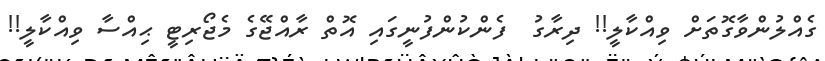
ގެއްލުންވާގޮތަށް ވިއްކާލީ!! ދިރާގު  ފެންކުންފުނީގައި އޮތް ރާއްޖޭގެ މެޖޯރިޓީ ޙިއްސާ ވިއްކާލީ!!